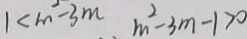
1 < m ^ { 2 } - 3 m m ^ { 2 } - 3 m - 1 > 0